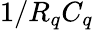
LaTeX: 1/R_{q}C_{q}